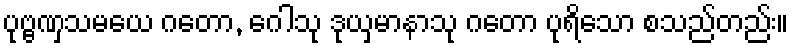
ပုဗ္ဗဏှသမယေ ဂတော, ဂေါသု ဒုယှမာနာသု ဂတော ပုရိသော စသည်တည်း။